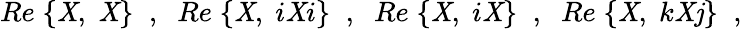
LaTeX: Re\; \{ {\cal\mathit{X}},\; {\cal\mathit{X}}\} \; \; ,\; \; Re\; \{ {\cal\mathit{X}},\; i{\cal\mathit{X}}i\} \; \; ,\; \; Re\; \{ {\cal\mathit{X}},\; i{\cal\mathit{X}}\} \; \; ,\; \; Re\; \{ {\cal\mathit{X}},\; k{\cal\mathit{X}}\mathit{j}\} \; \; ,